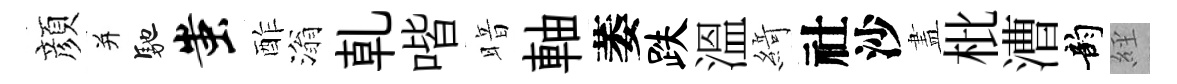
顔并馳蚩酢滃乹喈暗軸萎跌溫𦂶社沙𥁞枇漕韵𦀇